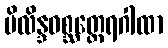
ပိလိန္ဒဝစ္ဆတ္ထေရဂါထာ